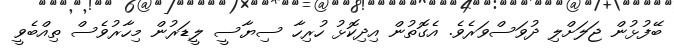
ބޭފުޅުން ޖަލަށްލި ދުވަސްވަރެވެ. އެގޮތުން އިދިކޮޅު ހުރިހާ ސިޔާސީ ލީޑަރުން މިހާރުވެސް ތިއްބެވީ